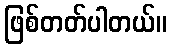
ဖြစ်တတ်ပါတယ်။